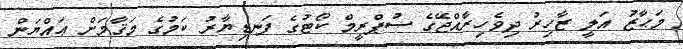
މަޙާޒު އަލީ ޒާހިރު ދިވެހިރާއްޖޭގެ ސުޕްރީމް ކޯޓުގެ ފަނޑިޔާރު ކަމުގެ މަޤާމަށް ޢައްޔަން